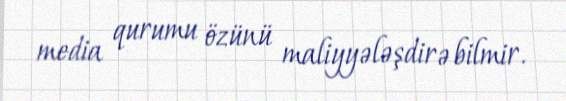
media qurumu özünü maliyyələşdirə bilmir.